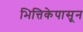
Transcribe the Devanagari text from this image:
भित्तिकेपासून